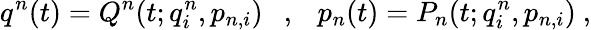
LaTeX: q^{n}(t)=Q^{n}(t;q_{i}^{n},p_{n,i})\ \ \ ,\ \ \ p_{n}(t)=P_{n}(t;q_{i}^{n},p_{n,i})\ ,